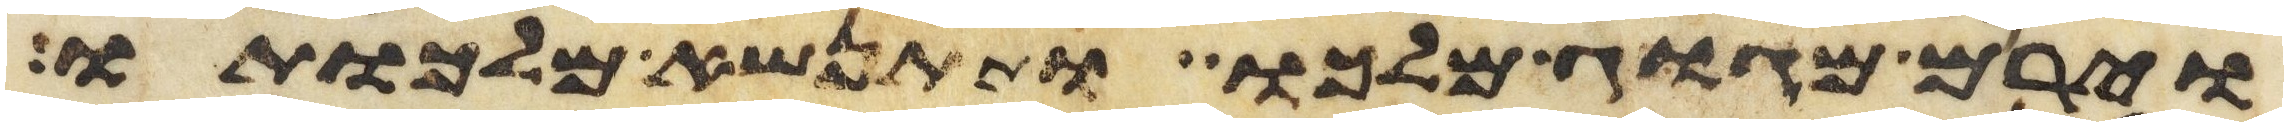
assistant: וירם מגוג מלכו ותתנשא מלכותו